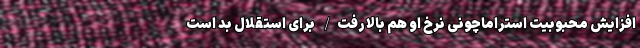
افزایش محبوبیت استراماچونی نرخ او هم بالا رفت/ برای استقلال بد است